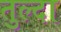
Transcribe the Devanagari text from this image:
तुल्दा